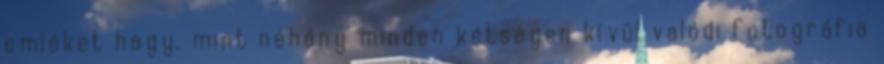
emléket hagy, mint néhány minden kétségen kívül valódi fotográfia